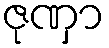
ဇုဏှာ